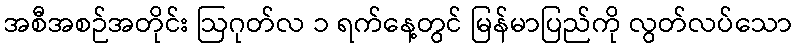
အစီအစဉ်အတိုင်း ဩဂုတ်လ ၁ ရက်နေ့တွင် မြန်မာပြည်ကို လွတ်လပ်သော